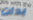
بدات